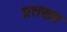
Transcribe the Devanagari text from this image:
प्रतख्य